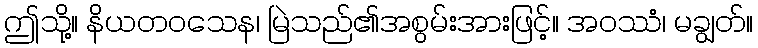
ဤသို့။ နိယတဝသေန၊ မြဲသည်၏အစွမ်းအားဖြင့်။ အဝဿံ၊ မချွတ်။